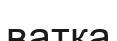
ватқа